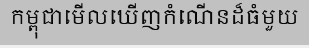
កម្ពុជាមើលឃើញកំណើនដ៏ធំមួយ